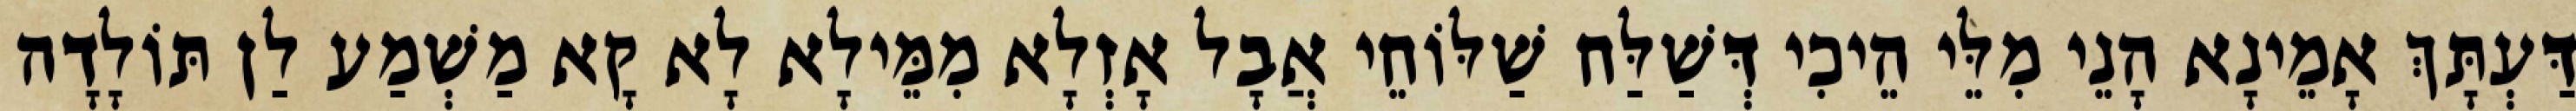
דַּעְתָּךְ אָמֵינָא הָנֵי מִלֵּי הֵיכִי דְּשַׁלַּח שַׁלּוֹחֵי אֲבָל אָזְלָא מִמֵּילָא לָא קָא מַשְׁמַע לַן תּוֹלָדָה